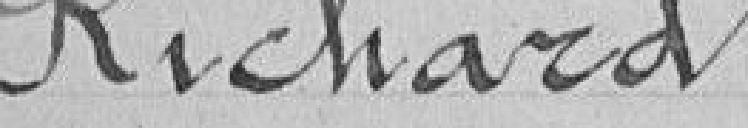
Richard